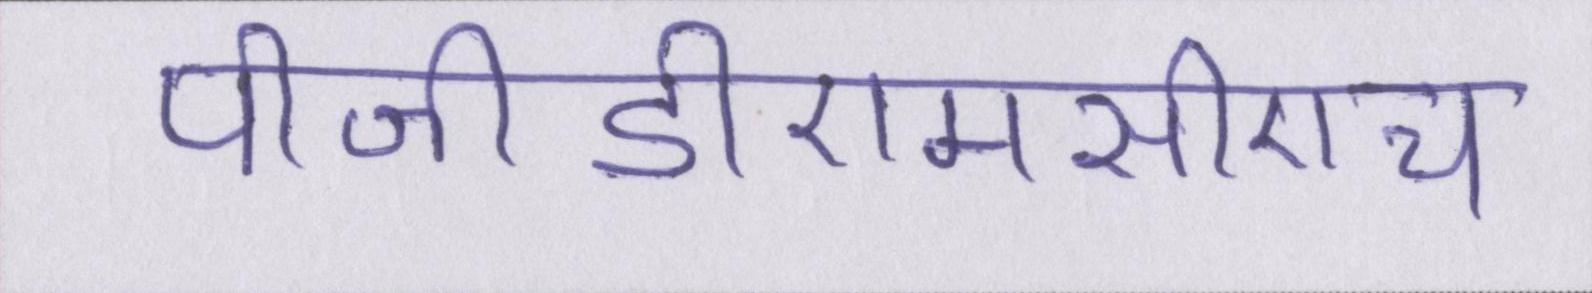
पीजीडीएमसीएच